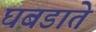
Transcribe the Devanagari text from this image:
घबडाते